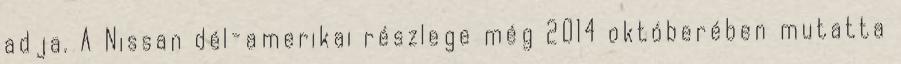
adja. A Nissan dél-amerikai részlege még 2014 októberében mutatta